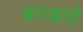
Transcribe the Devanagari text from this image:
करबाते